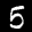
Label: 5